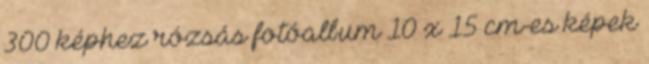
300 képhez rózsás fotóalbum 10 x 15 cm-es képek